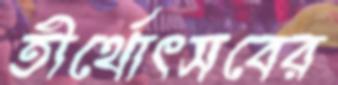
তীর্থোৎসবের